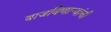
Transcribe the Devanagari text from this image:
वाजविणार्‍यांची